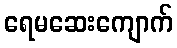
ရေမဆေးကျောက်